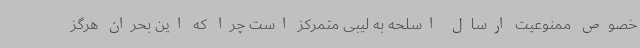
خصوص ممنوعیت ارسال اسلحه به لیبی متمرکز است چرا که این بحران هرگز